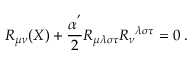
R _ { \mu \nu } ( X ) + \frac { \alpha ^ { ' } } { 2 } R _ { \mu \lambda \sigma \tau } R _ { \nu } ^ { \; \; \lambda \sigma \tau } = 0 \; .